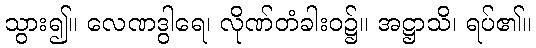
သွား၍။ လေဏဒွါရေ၊ လိုဏ်တံခါးဝ၌။ အဋ္ဌာသိ၊ ရပ်၏။